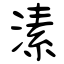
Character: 溸